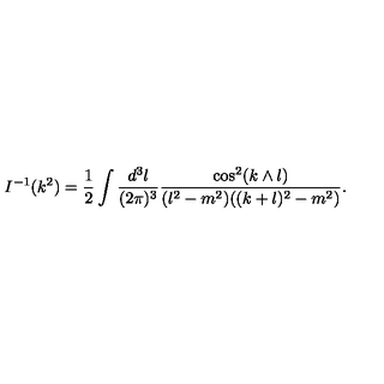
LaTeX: I ^ { - 1 } ( k ^ { 2 } ) = \frac 1 2 \int \frac { d ^ { 3 } l } { ( 2 \pi ) ^ { 3 } } \frac { \cos ^ { 2 } ( k \wedge l ) } { ( l ^ { 2 } - m ^ { 2 } ) ( ( k + l ) ^ { 2 } - m ^ { 2 } ) } .